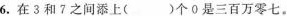
6.在3和7之间添上()个0是三百万零七。